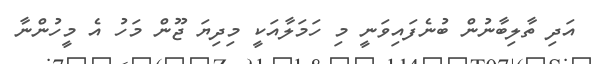
އަދި ތާލިބާނުން ބުނެފައިވަނީ މި ހަމަލާއަކީ މިދިޔަ ޖޫން މަހު އެ މީހުންނާ